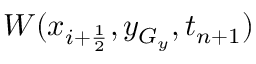
W ( x _ { i + \frac { 1 } { 2 } } , y _ { G _ { y } } , t _ { n + 1 } )